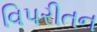
વિપરીતન